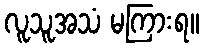
လူသူအသံ မကြားရ။